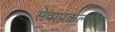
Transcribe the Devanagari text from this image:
सेवाप्रकल्पांत